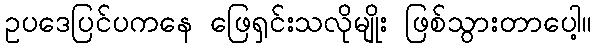
ဥပဒေပြင်ပကနေ ဖြေရှင်းသလိုမျိုး ဖြစ်သွားတာပေါ့။